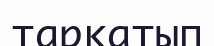
тарқатып